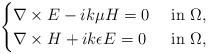
LaTeX: \begin{align*}\begin{cases}\nabla\times E-ik\mu H=0 & \mbox{ in }\Omega,\\\nabla\times H+ik\epsilon E=0 & \mbox{ in }\Omega,\end{cases}\end{align*}